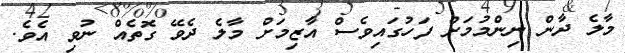
މާލެ ދާން ނިންމުމަށް ފަހުގައިވެސް އާޒިމަށް މާލެ ދެވޭ ގޮތެއް ނުވި އެވެ.